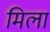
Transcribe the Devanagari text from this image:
मिला